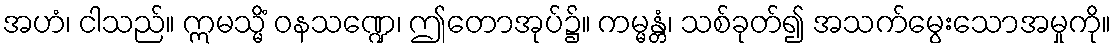
အဟံ၊ ငါသည်။ ဣမသ္မိံ ဝနသဏ္ဍေ၊ ဤတောအုပ်၌။ ကမ္မန္တံ၊ သစ်ခုတ်၍ အသက်မွေးသောအမှုကို။